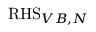
\mathrm { R H S } _ { V B , N }